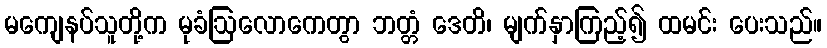
မကျေနပ်သူတို့က မုခံဩလောကေတွာ ဘတ္တံ ဒေတိ၊ မျက်နှာကြည့်၍ ထမင်း ပေးသည်။